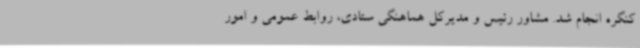
کنگره انجام شد. مشاور رئیس و مدیرکل هماهنگی ستادی، روابط عمومی و امور